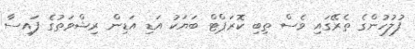
ފުލުހުންގެ ތެރޭގައި ވެސް ތިބި ކޮރަޕްޓް ބަޔަކު އަޑި އަޑިން ރިޝްވަތުގެ ފައިސާ